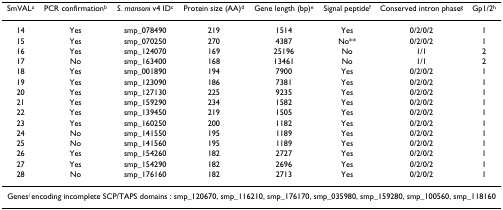
<table><thead><tr><td><b>SmVAL<sup>a</sup></b></td><td><b>PCR confirmation<sup>b</sup></b></td><td><b><i>S. mansoni </i>v4 ID<sup>c</sup></b></td><td><b>Protein size (AA)<sup>d</sup></b></td><td><b>Gene length (bp)<sup>e</sup></b></td><td><b>Signal peptide<sup>f</sup></b></td><td><b>Conserved intron phase<sup>g</sup></b></td><td><b>Gp1/2<sup>h</sup></b></td></tr></thead><tbody><tr><td>14</td><td>Yes</td><td>smp_078490</td><td>219</td><td>1514</td><td>Yes</td><td>0/2/0/2</td><td>1</td></tr><tr><td>15</td><td>Yes</td><td>smp_070250</td><td>270</td><td>4387</td><td>No**</td><td>0/2/0/2</td><td>1</td></tr><tr><td>16</td><td>Yes</td><td>smp_124070</td><td>169</td><td>25196</td><td>No</td><td>1/1</td><td>2</td></tr><tr><td>17</td><td>No</td><td>smp_163400</td><td>168</td><td>13461</td><td>No</td><td>1/1</td><td>2</td></tr><tr><td>18</td><td>Yes</td><td>smp_001890</td><td>194</td><td>7900</td><td>Yes</td><td>0/2/0/2</td><td>1</td></tr><tr><td>19</td><td>Yes</td><td>smp_123090</td><td>186</td><td>7381</td><td>Yes</td><td>0/2/0/2</td><td>1</td></tr><tr><td>20</td><td>Yes</td><td>smp_127130</td><td>225</td><td>9235</td><td>Yes</td><td>0/2/0/2</td><td>1</td></tr><tr><td>21</td><td>Yes</td><td>smp_159290</td><td>234</td><td>1582</td><td>Yes</td><td>0/2/0/2</td><td>1</td></tr><tr><td>22</td><td>Yes</td><td>smp_139450</td><td>219</td><td>1505</td><td>Yes</td><td>0/2/0/2</td><td>1</td></tr><tr><td>23</td><td>Yes</td><td>smp_160250</td><td>200</td><td>1182</td><td>Yes</td><td>0/2/0/2</td><td>1</td></tr><tr><td>24</td><td>No</td><td>smp_141550</td><td>195</td><td>1189</td><td>Yes</td><td>0/2/0/2</td><td>1</td></tr><tr><td>25</td><td>No</td><td>smp_141560</td><td>195</td><td>1189</td><td>Yes</td><td>0/2/0/2</td><td>1</td></tr><tr><td>26</td><td>Yes</td><td>smp_154260</td><td>182</td><td>2727</td><td>Yes</td><td>0/2/0/2</td><td>1</td></tr><tr><td>27</td><td>Yes</td><td>smp_154290</td><td>182</td><td>2696</td><td>Yes</td><td>0/2/0/2</td><td>1</td></tr><tr><td>28</td><td>No</td><td>smp_176160</td><td>182</td><td>2713</td><td>Yes</td><td>0/2/0/2</td><td>1</td></tr><tr><td colspan="8">Genes<sup>i </sup>encoding incomplete SCP/TAPS domains : smp_120670, smp_116210, smp_176170, smp_035980, smp_159280, smp_100560, smp_118160</td></tr></tbody></table>